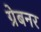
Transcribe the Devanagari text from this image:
ग्रेबनर